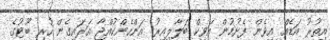
އިތުރު އަޑެއް އިވެން ފެށުމުން އަވިކް ބަލާލިއިރު އަންހެންކުއްޖާ އަރައިގެން ހުރި ބޫޓުގެ